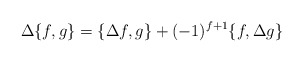
\begin{align*}\Delta\{f,g\}=\{\Delta f,g\} +(-1)^{f+1}\{f,\Delta g\}\end{align*}